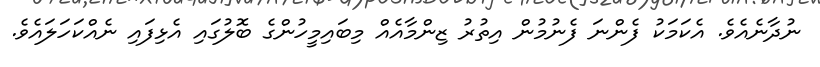
ނުދާނެއެވެ. އެކަމަކު ފެންނަ ފެނުމުން އިތުރު ޒިންމާއެއް މިބައިމީހުންގެ ބޮލުގައި އެޅިފައި ނެއްކަހަލައެވެ.